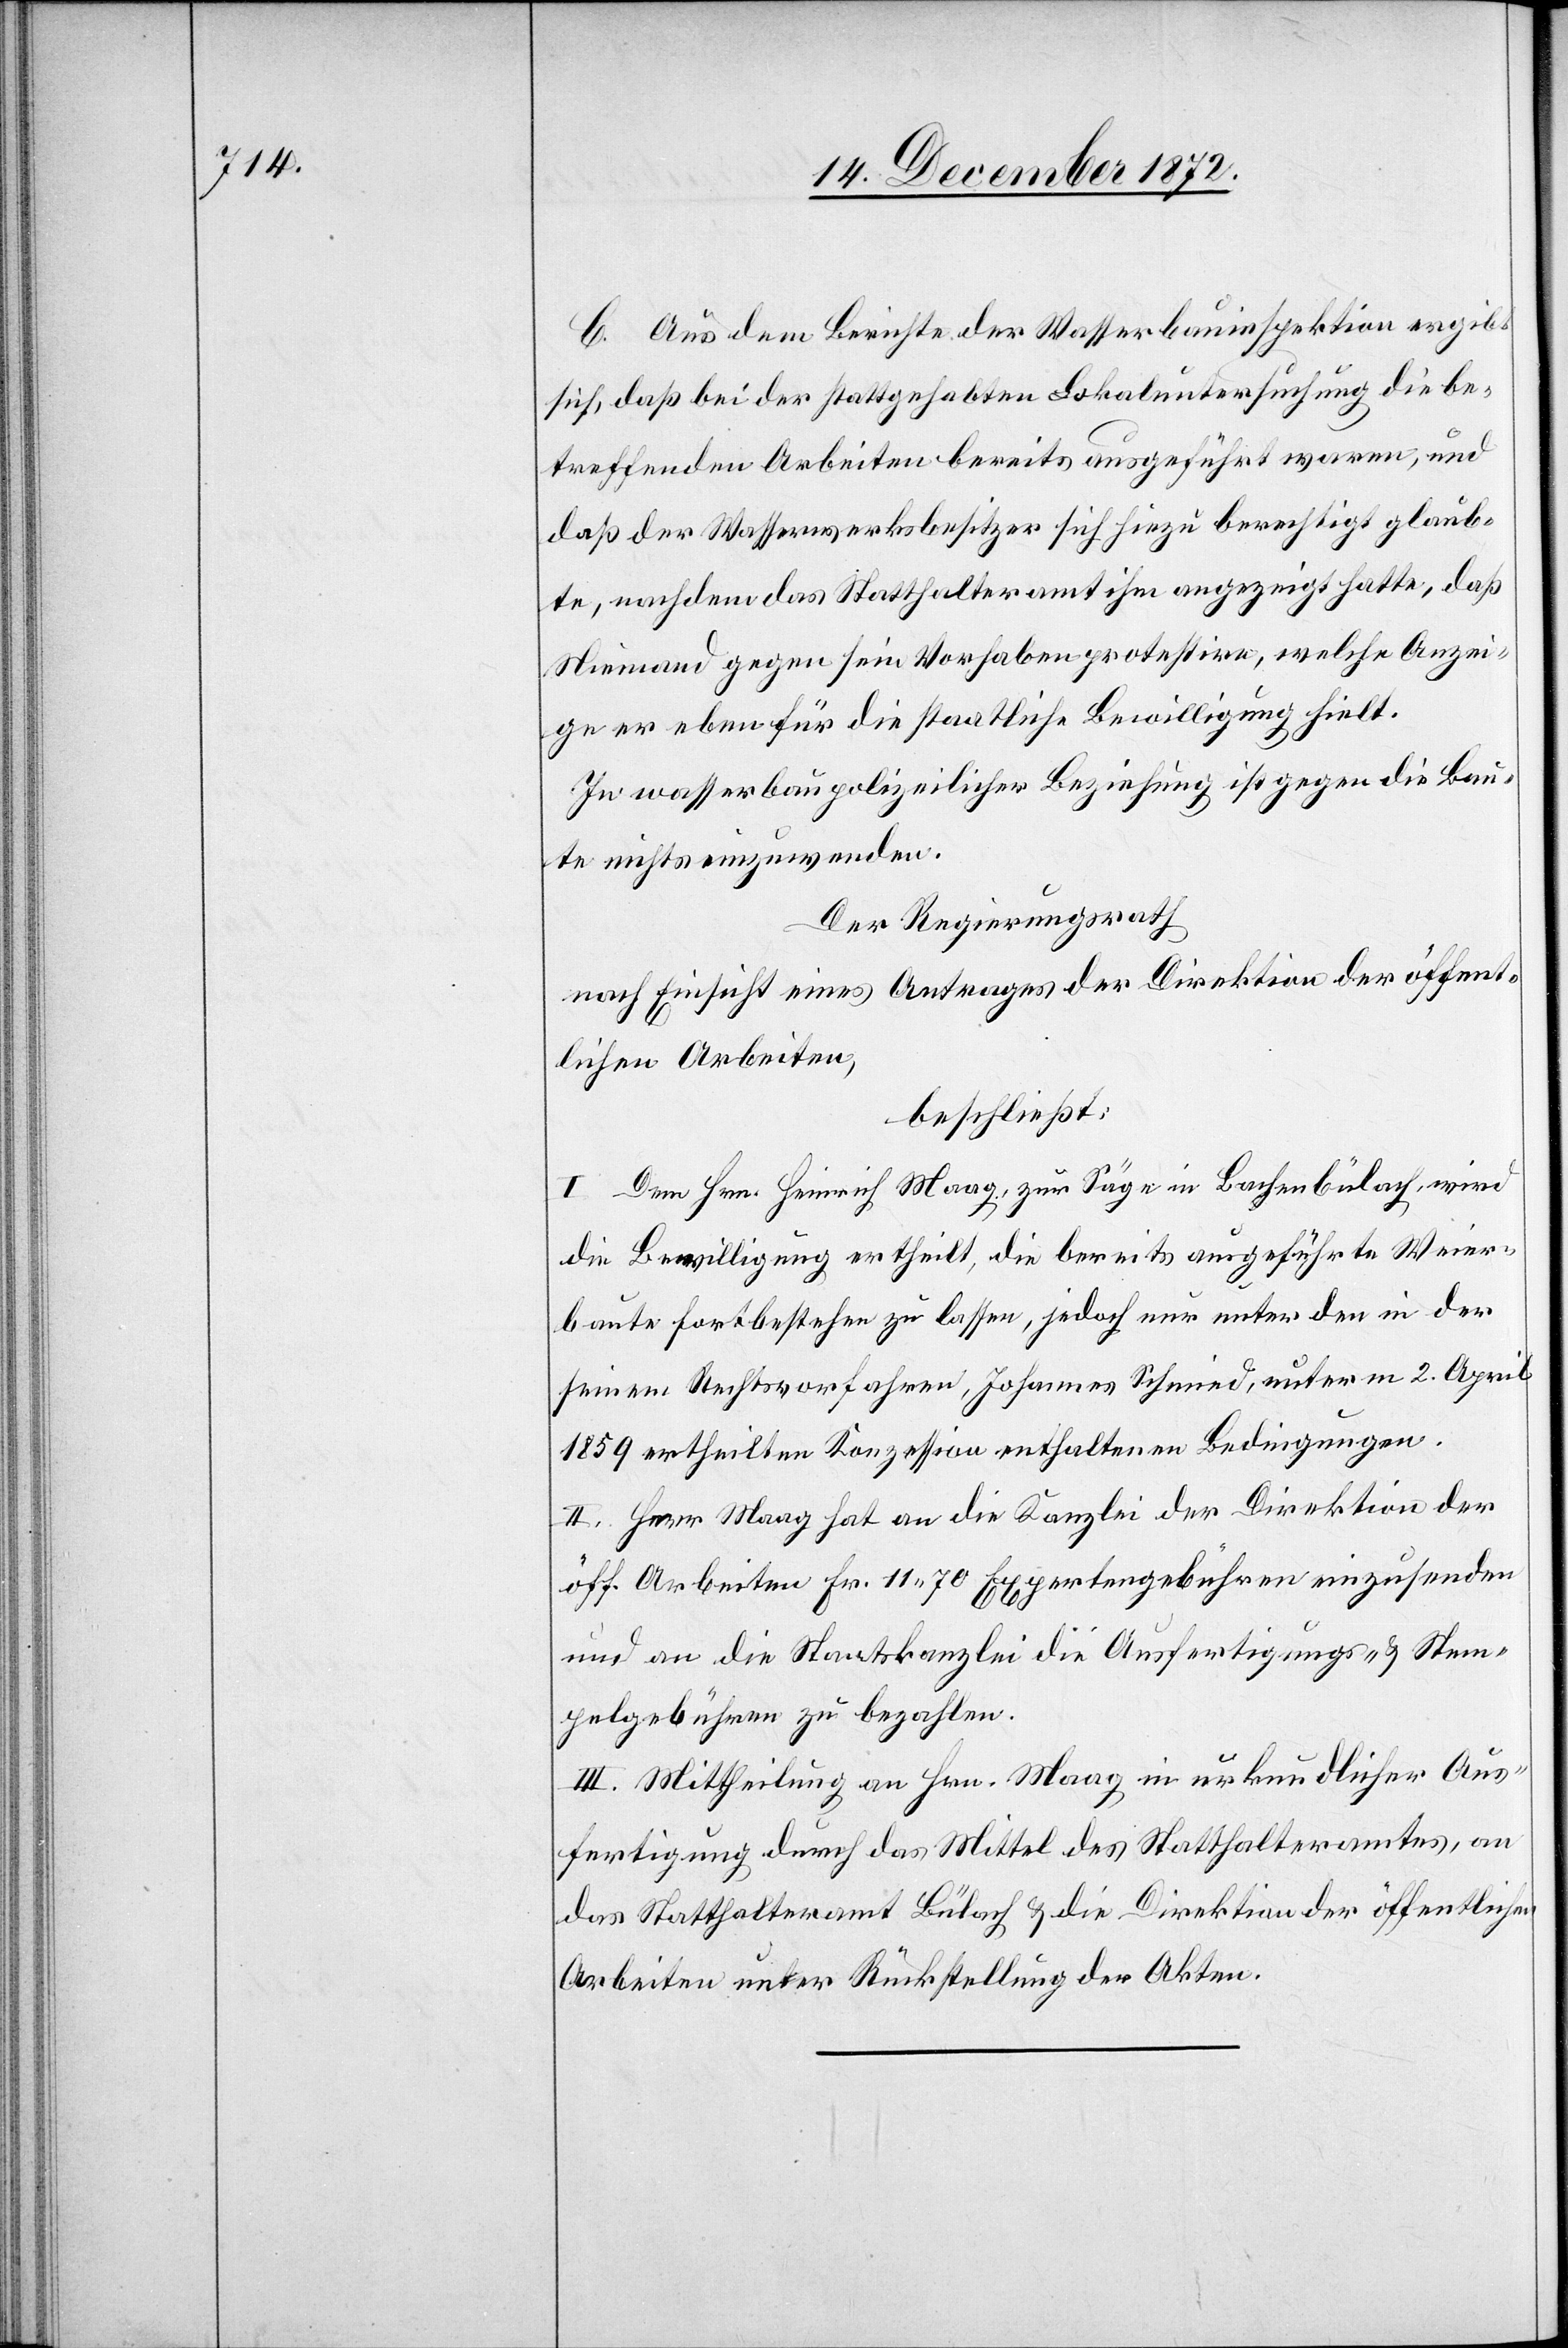
C. Aus dem Berichte der Wasserbauinspektion ergibt
sich, daß bei der stattgehabten Lokaluntersuchung die be¬
treffenden Arbeiten bereits ausgeführt waren, und
daß der Wasserwerksbesitzer sich hiezu berechtigt glaub¬
te, nachdem das Statthalteramt ihm angezeigt hatte, daß
Niemand gegen sein Vorhaben protestire, welche Anzei¬
ge er eben für die staatliche Bewilligung hielt.
In wasserbaupolizeilicher Beziehung ist gegen die Bau¬
te nichts einzuwenden.
Der Regierungsrath,
nach Einsicht eines Antrages der Direktion der öffent¬
lichen Arbeiten,
beschließt:
I. Dem Hrn. Heinrich Maag, zur Säge in Bachenbülach, wird
die Bewilligung ertheilt, die bereits ausgeführte Weier¬
baute fortbestehen zu lassen, jedoch nur unter den in der
seinem Rechtsvorfahren, Johannes Schmied, unterm 2. April
1859 ertheilten Konzession enthaltenen Bedingungen.
II. Herr Maag hat an die Kanzlei der Direktion der
öff. Arbeiten Fr. 11 70 Expertengebühren einzusenden
und an die Staatskanzlei die Ausfertigungs- u. Stem¬
pelgebühren zu bezahlen.
III. Mittheilung an Hrn. Maag in urkundlicher Aus¬
fertigung durch das Mittel des Statthalteramtes, an
das Statthalteramt Bülach u. die Direktion der öffentlichen
Arbeiten unter Rückstellung der Akten.